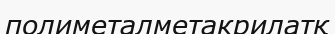
полиметалметакрилатқ